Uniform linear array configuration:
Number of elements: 4
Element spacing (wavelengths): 1
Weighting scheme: kaiser
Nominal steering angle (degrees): -30
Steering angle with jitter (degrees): -30.751
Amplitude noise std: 0.05
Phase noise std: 0.05

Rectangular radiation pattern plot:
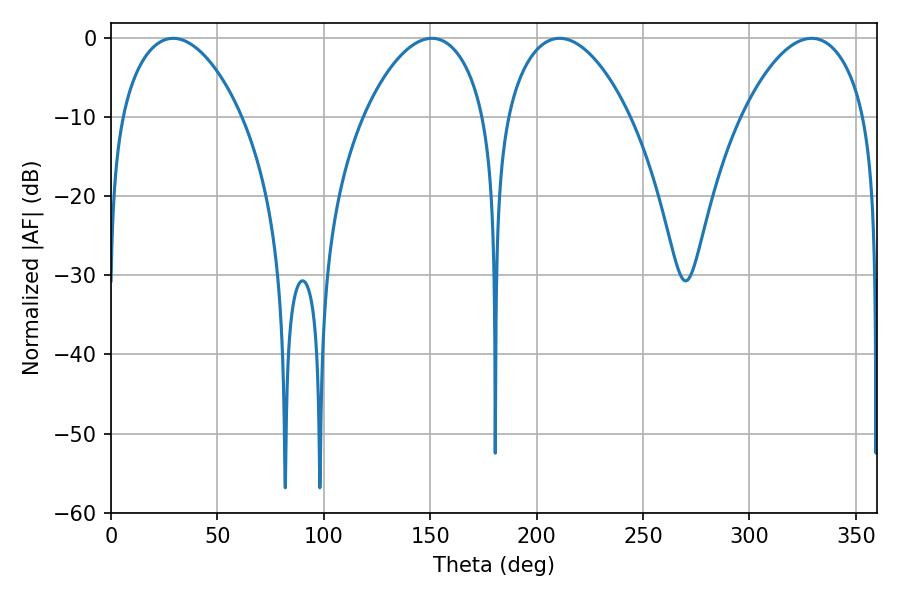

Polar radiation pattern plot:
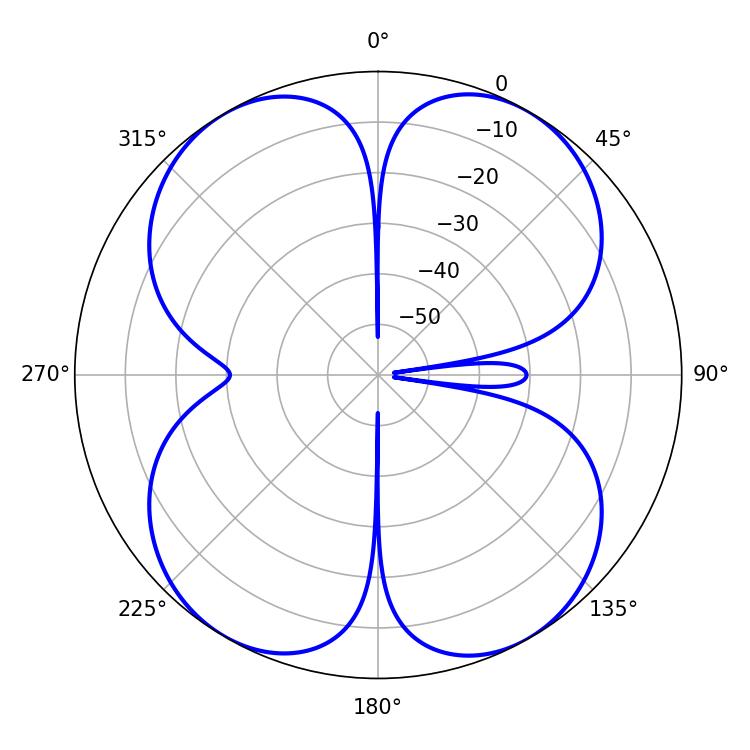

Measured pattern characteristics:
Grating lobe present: TRUE
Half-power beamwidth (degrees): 32.4
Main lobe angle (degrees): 210.78